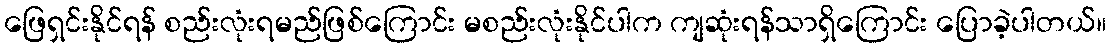
ဖြေရှင်းနိုင်ရန် စည်းလုံးရမည်ဖြစ်ကြောင်း မစည်းလုံးနိုင်ပါက ကျဆုံးရန်သာရှိကြောင်း ပြောခဲ့ပါတယ်။